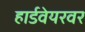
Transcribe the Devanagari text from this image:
हार्डवेयरवर